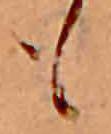
も